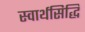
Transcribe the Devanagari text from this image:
स्वार्थसिद्धि